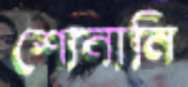
শোনানি